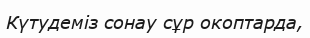
Күтудеміз сонау сұр окоптарда,